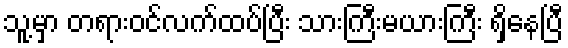
သူ့မှာ တရားဝင်လက်ထပ်ပြီး သားကြီးမယားကြီး ရှိနေပြီ